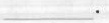
___.